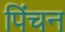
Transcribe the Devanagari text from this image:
पिंचन